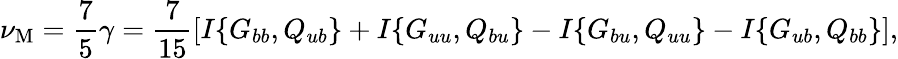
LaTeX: \nu_{\mathrm{{M}}}=\frac{7}{5}\gamma=\frac{7}{15}\left[{I\{ {G_{bb},Q_{ub}}\} +I\{ {G_{uu},Q_{bu}}\} -I\{ {G_{bu},Q_{uu}}\} -I\{ {G_{ub},Q_{bb}}\} }\right],